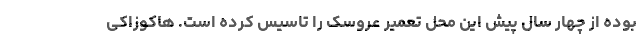
بوده از چهار سال پیش این محل تعمیر عروسک را تاسیس کرده است. هاکوزاکی